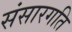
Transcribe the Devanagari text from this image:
संसारगति